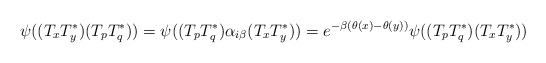
\begin{align*}\psi((T_xT_y^*)(T_pT_q^*))=\psi((T_pT_q^*)\alpha_{i\beta}(T_xT_y^*))=e^{-\beta(\theta(x)-\theta(y))}\psi((T_pT_q^*)(T_xT_y^*))\end{align*}